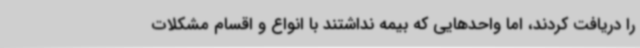
را دریافت کردند، اما واحدهایی که بیمه نداشتند با انواع و اقسام مشکلات